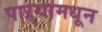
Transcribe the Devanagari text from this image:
पाऱ्यामधून